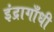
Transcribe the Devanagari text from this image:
इंद्रागाँधी